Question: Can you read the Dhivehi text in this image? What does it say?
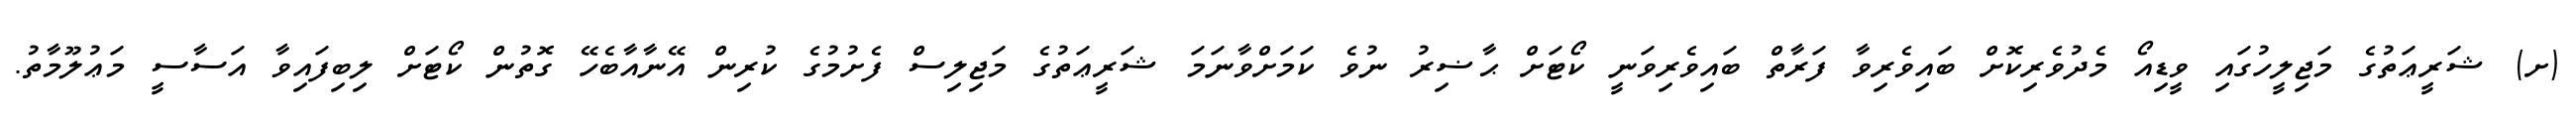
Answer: (ށ) ޝަރީޢަތުގެ މަޖިލީހުގައި ވީޑިއޯ މެދުވެރިކޮށް ބައިވެރިވާ ފަރާތް ބައިވެރިވަނީ ކޯޓަށް ޙާޟިރު ނުވެ ކަމަށްވާނަމަ ޝަރީޢަތުގެ މަޖިލިސް ފެށުމުގެ ކުރިން އޭނާއާބެހޭ ގޮތުން ކޯޓަށް ލިބިފައިވާ އަސާސީ މަޢުލޫމާތު.